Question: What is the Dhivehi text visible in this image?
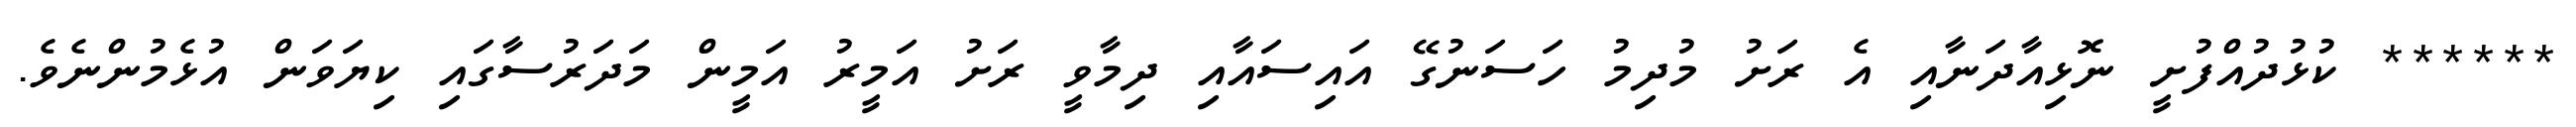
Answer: ****** ކުޅުދުއްފުށީ ނޮޅިއާދަނާއި އެ ރަށު މުދިމު ހަސަނުގޭ އައިސައާއި ދިމާވީ ރަށު އަމީރު އަމީން މަދަރުސާގައި ކިޔަވަން އުޅެމުންނެވެ.